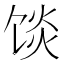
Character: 𱃿